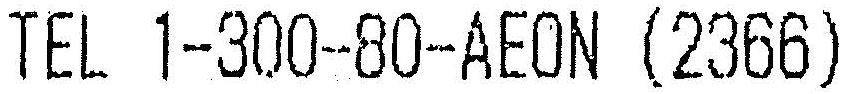
TEL 1-300-80-AEON (2366)